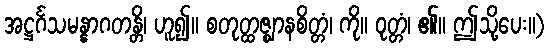
အဋ္ဌင်္ဂသမန္နာဂတန္တိ၊ ဟူ၍။ စတုတ္ထဇ္ဈာနစိတ္တံ၊ ကို။ ဝုတ္တံ၊ ၏။ ဤသို့ပေး။)